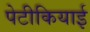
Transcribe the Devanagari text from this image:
पेटीकियाई